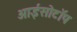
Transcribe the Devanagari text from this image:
आईसोटॉप